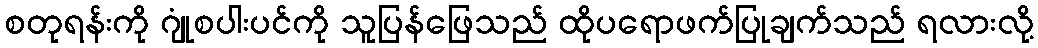
စတုရန်းကို ဂျုံစပါးပင်ကို သူပြန်ဖြေသည် ထိုပရောဖက်ပြုချက်သည် ရလားလို့